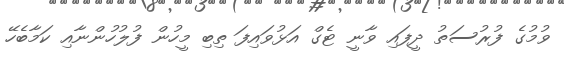
ވުމުގެ ފުރުސަތު ދީފައި ވާނީ ޓެގް އަޅުވައިފަ ތިބި މީހުން ފުލުހުންނާއި ކަމާބެހޭ